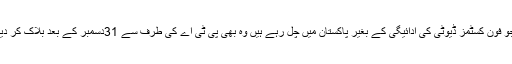
اس وقت بھی جو فون کسٹمز ڈیوٹی کی ادائیگی کے بغیر پاکستان میں چل رہے ہیں وہ بھی پی ٹی اے کی طرف سے 31دسمبر کے بعد بلاک کر دیئے جائیں گے۔